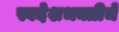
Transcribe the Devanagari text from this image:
स्वदेशभक्तीचे